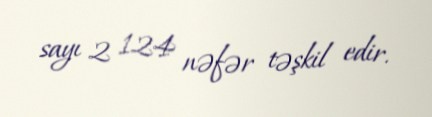
sayı 2 124 nəfər təşkil edir.